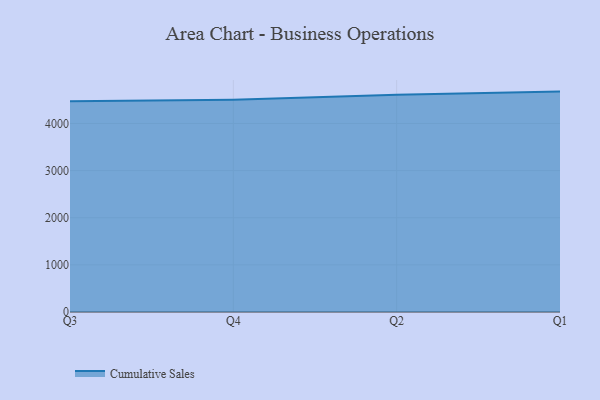
{"axis": {"x": "Quarter", "y": "Humidity (%)"}, "legend": ["Cumulative Sales"], "data": [{"x": "Q3", "y": 4473.0, "type": "Cumulative Sales"}, {"x": "Q4", "y": 4504.3, "type": "Cumulative Sales"}, {"x": "Q2", "y": 4609.2, "type": "Cumulative Sales"}, {"x": "Q1", "y": 4676.2, "type": "Cumulative Sales"}]}